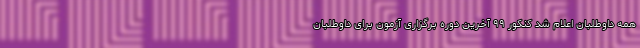
همه داوطلبان اعلام شد کنکور ۹۹ آخرین دوره برگزاری آزمون برای داوطلبان